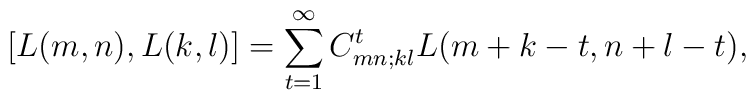
\left[ L(m,n),L(k,l)\right] =\sum_{t=1}^{\infty }C_{mn;kl}^{t}L(m+k-t,n+l-t),